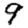
Digit: 9